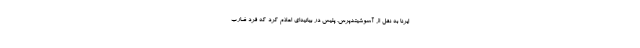
ایرنا به نقل از آسوشیتدپرس، پلیس در بیانیه‌ای اعلام کرد که فرد ضارب